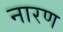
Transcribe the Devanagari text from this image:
नारण